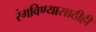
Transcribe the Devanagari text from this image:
रंगविण्यासाठीही